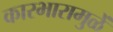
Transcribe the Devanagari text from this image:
कारभारामुळें